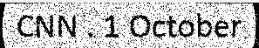
CNN . 1 October